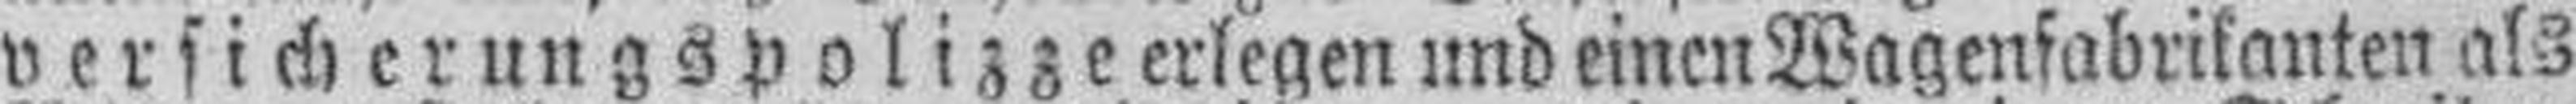
versicherungspolizze erlegen und einen Wagenfabrikanten als